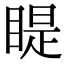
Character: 睼